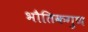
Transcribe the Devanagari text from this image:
भौतिकगुण